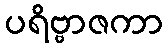
ပရိဗ္ဗာဇကာ